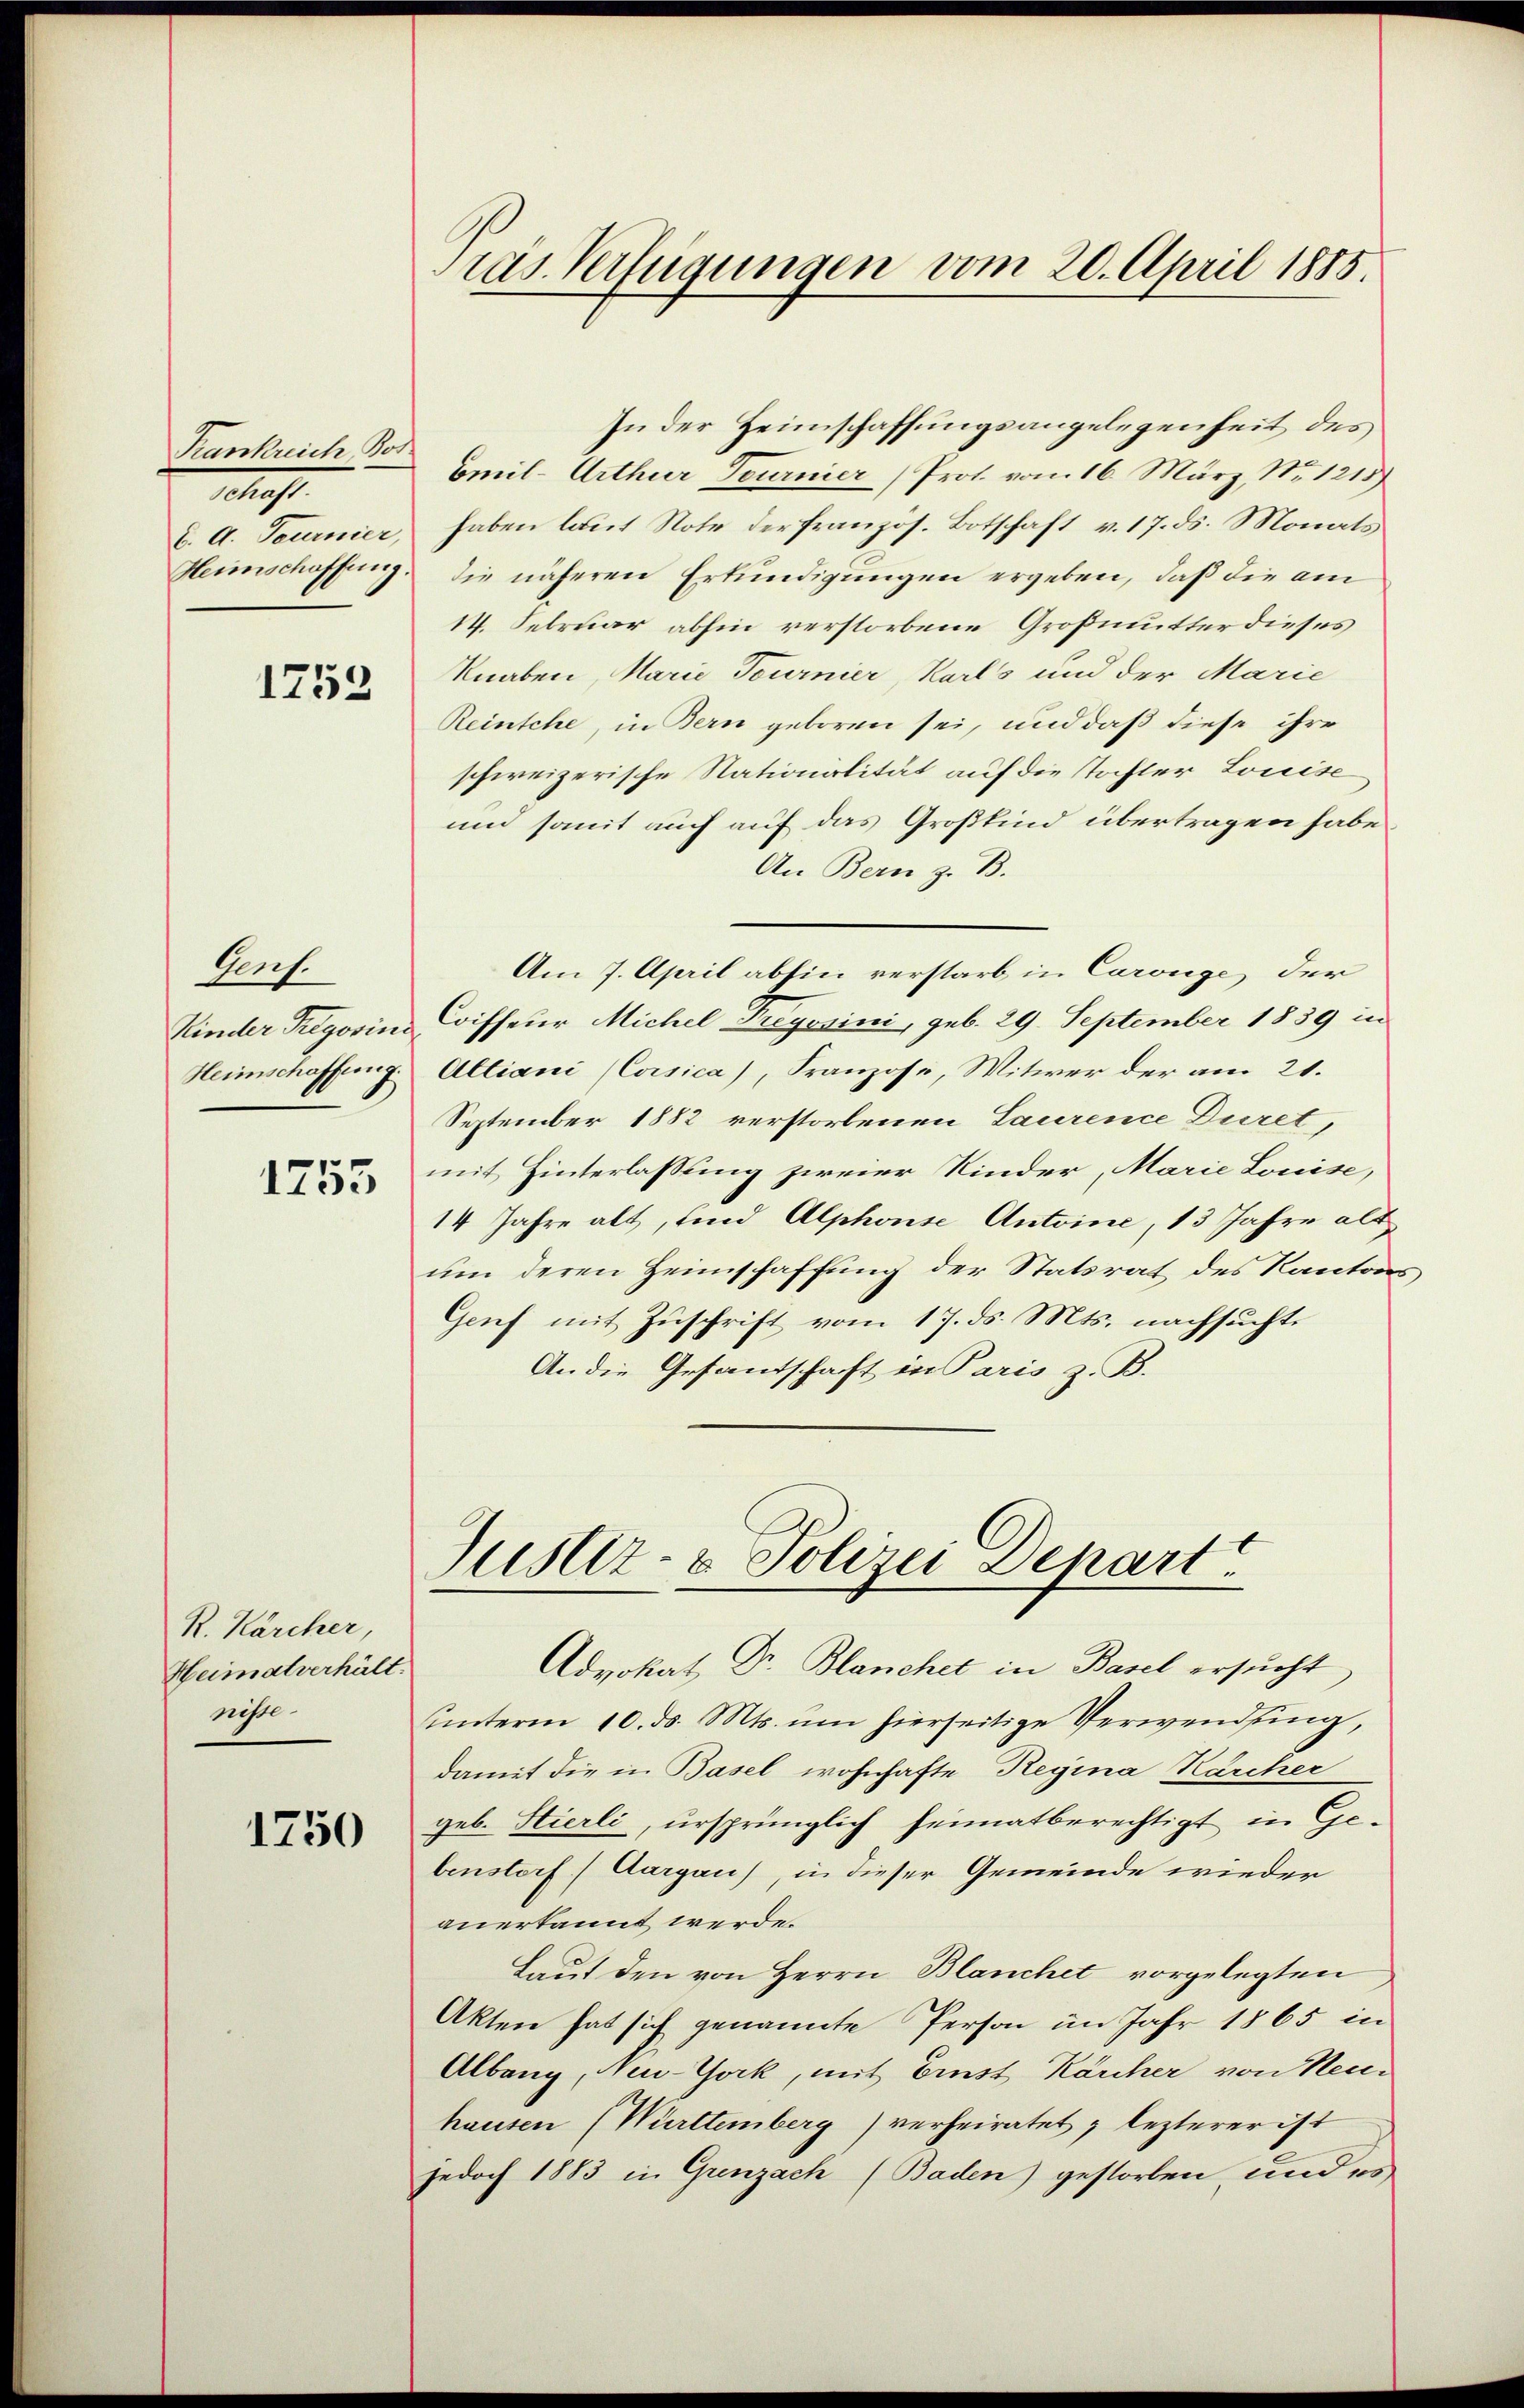
Krankreich Bos
IIII.
d. A. Tournier,
Heimschaffung

1752

Aef.
Kinder Trigosini
Heimschaffung.

1755

R. Kärcher
Heimatverhält.
nisse.

1750

ras. Verfügungen vom 20. April 1885.

In der Heimschaffungsangelegenheit des
Omil-Arthur Tournier (Prot. vom 16. März, No 1215)
haben laut Note der französ. Botschaft v. 17. ds. Monats
die näheren Erkundigungen ergeben, daß die am
14. Februar abhin verstorbene Großmutter dieses
knaben, Marie Tournier, Karls und der Marie
Reinsche, in Bern geboren sei, und daß diese ihre
schweizerische Nationalität auf die Tochter Louise
und somit auch auf das Großkind übertragen habe
An Bern z. B.
Am 7. April abhin verstarb in Carouge der
Coiffeur Michel Freyssini, geb. 29. September 1839 in
Altiani (Corsica), Franzose, Witwer der am 21.
September 1882 verstorbenen Laurence Düret,
mit Hinterlassung zweier Kinder, Marie Louise,
14 Jahre alt, und Alphonse Antoine, 13 Jahre alt
um deren Heimschaffung der Statsrat des Kantons
Genf mit Zuschrift vom 17. ds. Mts. nachsuchte
An die Gesandschaft in Paris z. B.

Justiz- & Polizei Depart

Advokat Dr. Blanchel in Basel ersucht,
ŭnterm 10. ds. Mts. um hierseitige Verwendung,
damit die in Basel wohnhafte Regina Kärcher
geb. Stierli, ursprünglich heimatberechtigt in Gebenstorf) Aargau), in dieser Gemeinde wieder
anerkannt werde.
Laut den von Herrn Blanchet vorgelegten
Akten hat sich genannte Person im Jahr 1865 in
Albang, Neu-York, mit Einst Karcher von Neuhausen (Württemberg verheiratet, lezterer ist
jedoch 1883 in Grenzach (Baden) gestorben, und es